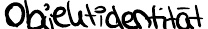
Objektidentität